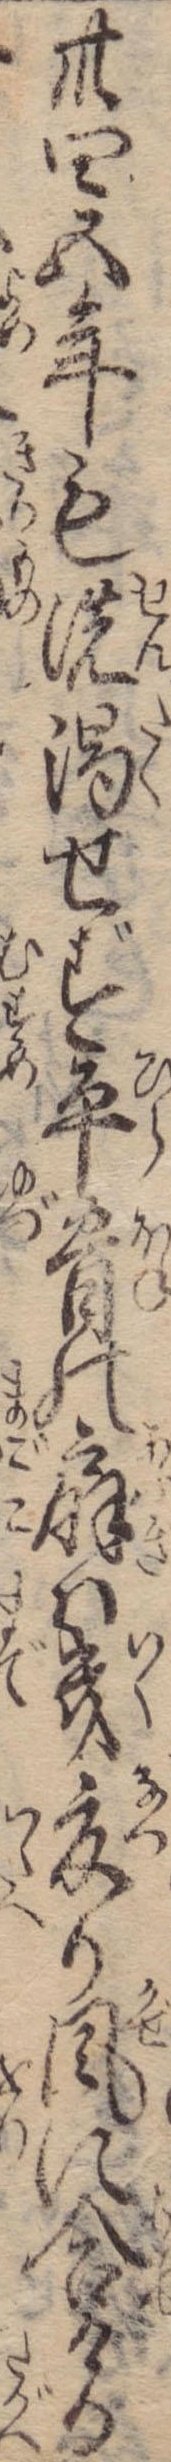
卅四五年も洗濁せず平骨の扇は幾夏か風に合ける